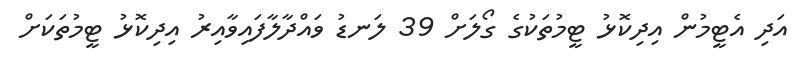
އަދި އެޓީމުން އިދިކޮޅު ޓީމުތަކުގެ ގޯލަށް 39 ލަނޑު ވައްދާލާފައިވާއިރު އިދިކޮޅު ޓީމުތަކަށް